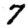
Digit: 7